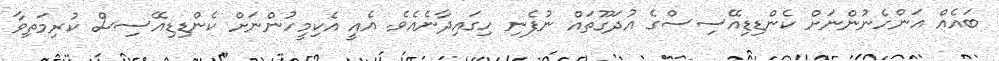
ބައެއް އަންހެނުންނަށް ކެންޑިޑިއޭސިސްގެ އުދަގޫތައް ނުފެނި ހިގައިދާނެއެވެ. އެއީ އެކިމީހުންނަށް ކެންޑިޑިއޭސިސް ކުރިމަތިވާ